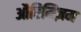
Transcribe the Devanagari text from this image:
औप्टिमिज़म